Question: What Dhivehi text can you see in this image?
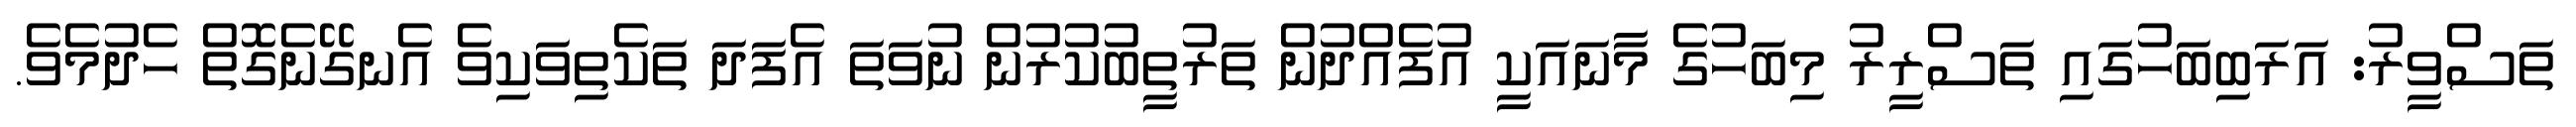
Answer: ތަސްވީރު: އަރަބިބަހުގައި ތަސްރީރު މިބަހުގެ މާނައަކީ އުފެއްދުން ތަރުތީބުކުރުން ނުވަތަ އެފަދަ ތަކެތިވަކިވެ އެނގޭނެގޮތް ހެދުމެވެ.